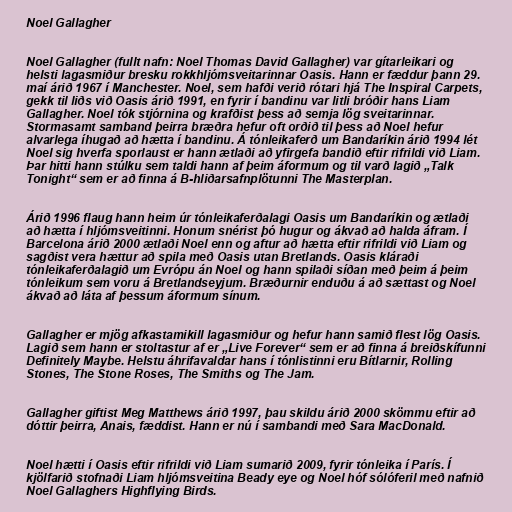
Noel Gallagher

Noel Gallagher (fullt nafn: Noel Thomas David Gallagher) var gítarleikari og
helsti lagasmiður bresku rokkhljómsveitarinnar Oasis. Hann er fæddur þann 29.
maí árið 1967 í Manchester. Noel, sem hafði verið rótari hjá The Inspiral Carpets,
gekk til liðs við Oasis árið 1991, en fyrir í bandinu var litli bróðir hans Liam
Gallagher. Noel tók stjórnina og krafðist þess að semja lög sveitarinnar.
Stormasamt samband þeirra bræðra hefur oft orðið til þess að Noel hefur
alvarlega íhugað að hætta í bandinu. Á tónleikaferð um Bandaríkin árið 1994 lét
Noel sig hverfa sporlaust er hann ætlaði að yfirgefa bandið eftir rifrildi við Liam.
Þar hitti hann stúlku sem taldi hann af þeim áformum og til varð lagið „Talk
Tonight“ sem er að finna á B-hliðarsafnplötunni The Masterplan.

Árið 1996 flaug hann heim úr tónleikaferðalagi Oasis um Bandaríkin og ætlaði
að hætta í hljómsveitinni. Honum snérist þó hugur og ákvað að halda áfram. Í
Barcelona árið 2000 ætlaði Noel enn og aftur að hætta eftir rifrildi við Liam og
sagðist vera hættur að spila með Oasis utan Bretlands. Oasis kláraði
tónleikaferðalagið um Evrópu án Noel og hann spilaði síðan með þeim á þeim
tónleikum sem voru á Bretlandseyjum. Bræðurnir enduðu á að sættast og Noel
ákvað að láta af þessum áformum sínum.

Gallagher er mjög afkastamikill lagasmiður og hefur hann samið flest lög Oasis.
Lagið sem hann er stoltastur af er „Live Forever“ sem er að finna á breiðskífunni
Definitely Maybe. Helstu áhrifavaldar hans í tónlistinni eru Bítlarnir, Rolling
Stones, The Stone Roses, The Smiths og The Jam.

Gallagher giftist Meg Matthews árið 1997, þau skildu árið 2000 skömmu eftir að
dóttir þeirra, Anais, fæddist. Hann er nú í sambandi með Sara MacDonald.

Noel hætti í Oasis eftir rifrildi við Liam sumarið 2009, fyrir tónleika í París. Í
kjölfarið stofnaði Liam hljómsveitina Beady eye og Noel hóf sólóferil með nafnið
Noel Gallaghers Highflying Birds.